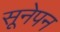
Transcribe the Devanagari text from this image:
सूनेपन